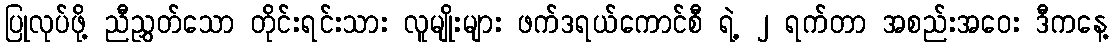
ပြုလုပ်ဖို့ ညီညွှတ်သော တိုင်းရင်းသား လူမျိုးများ ဖက်ဒရယ်ကောင်စီ ရဲ့ ၂ ရက်တာ အစည်းအဝေး ဒီကနေ့